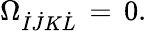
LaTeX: \Omega_{\dot{I}\dot{J}K\dot{L}}\, =\, 0.